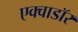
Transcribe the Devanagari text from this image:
एक्वाडॉर